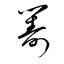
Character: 籌